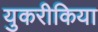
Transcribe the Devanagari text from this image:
युकरीकिया